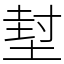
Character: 堼